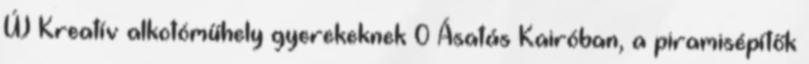
ÚJ Kreatív alkotóműhely gyerekeknek 0 Ásatás Kairóban, a piramisépítők